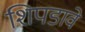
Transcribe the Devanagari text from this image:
शिपडावे